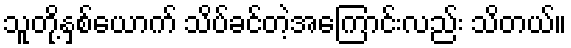
သူတို့နှစ်ယောက် သိပ်ခင်တဲ့အကြောင်းလည်း သိတယ်။